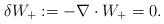
LaTeX: \begin{align*} \delta W_+:= -\nabla \cdot W_+ =0.\end{align*}